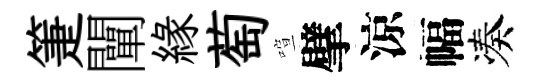
箑闡緣萄喧擘涼幅凑